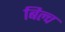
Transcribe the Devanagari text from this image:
बिल्च